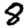
Digit: 8